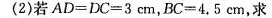
(2)若$$A D = D C = 3 c m$$，$$B C = 4 . 5 c m$$，求